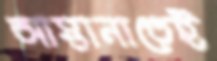
আস্তানাতেই